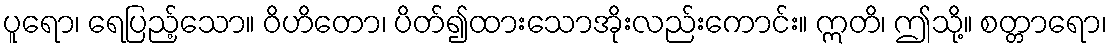
ပူရော၊ ရေပြည့်သော။ ဝိဟိတော၊ ပိတ်၍ထားသောအိုးလည်းကောင်း။ ဣတိ၊ ဤသို့။ စတ္တာရော၊